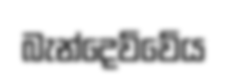
බැන්දෙව්වේය